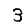
Digit: 3